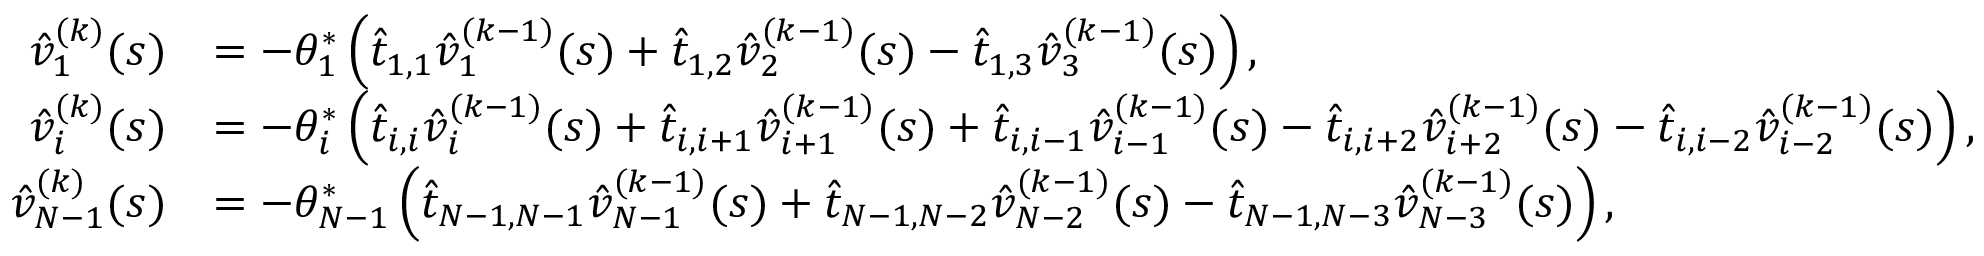
\begin{array} { r l } { \hat { v } _ { 1 } ^ { ( k ) } ( s ) } & { = - \theta _ { 1 } ^ { * } \left( \hat { t } _ { 1 , 1 } \hat { v } _ { 1 } ^ { ( k - 1 ) } ( s ) + \hat { t } _ { 1 , 2 } \hat { v } _ { 2 } ^ { ( k - 1 ) } ( s ) - \hat { t } _ { 1 , 3 } \hat { v } _ { 3 } ^ { ( k - 1 ) } ( s ) \right) , } \\ { \hat { v } _ { i } ^ { ( k ) } ( s ) } & { = - \theta _ { i } ^ { * } \left( \hat { t } _ { i , i } \hat { v } _ { i } ^ { ( k - 1 ) } ( s ) + \hat { t } _ { i , i + 1 } \hat { v } _ { i + 1 } ^ { ( k - 1 ) } ( s ) + \hat { t } _ { i , i - 1 } \hat { v } _ { i - 1 } ^ { ( k - 1 ) } ( s ) - \hat { t } _ { i , i + 2 } \hat { v } _ { i + 2 } ^ { ( k - 1 ) } ( s ) - \hat { t } _ { i , i - 2 } \hat { v } _ { i - 2 } ^ { ( k - 1 ) } ( s ) \right) , } \\ { \hat { v } _ { N - 1 } ^ { ( k ) } ( s ) } & { = - \theta _ { N - 1 } ^ { * } \left( \hat { t } _ { N - 1 , N - 1 } \hat { v } _ { N - 1 } ^ { ( k - 1 ) } ( s ) + \hat { t } _ { N - 1 , N - 2 } \hat { v } _ { N - 2 } ^ { ( k - 1 ) } ( s ) - \hat { t } _ { N - 1 , N - 3 } \hat { v } _ { N - 3 } ^ { ( k - 1 ) } ( s ) \right) , } \end{array}